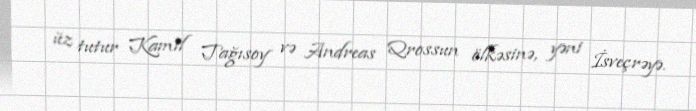
üz tutur Kamil Tağısoy və Andreas Qrossun ölkəsinə, yəni İsveçrəyə.